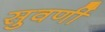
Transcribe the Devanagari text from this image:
सुवर्णी